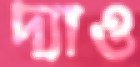
দ্যাও